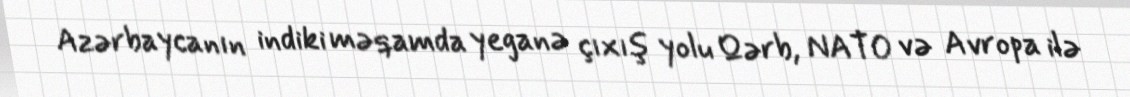
Azərbaycanın indiki məqamda yeganə çıxış yolu Qərb, NATO və Avropa ilə